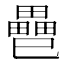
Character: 𢁐